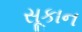
સૂકાન